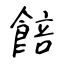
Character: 餢